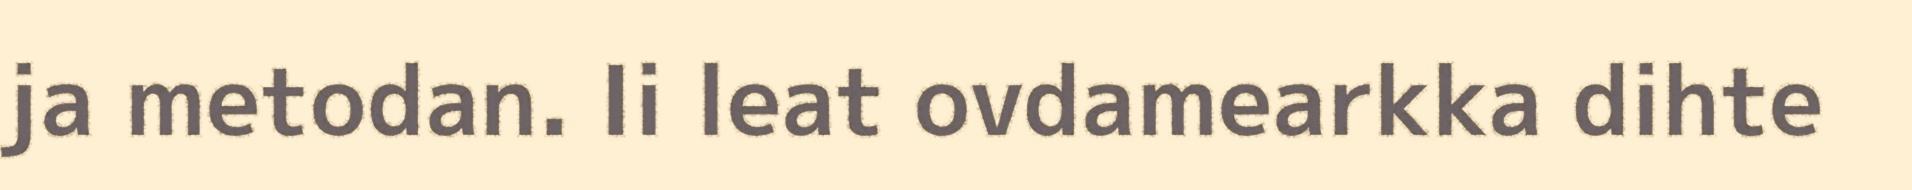
ja metodan. Ii leat ovdamearkka dihte